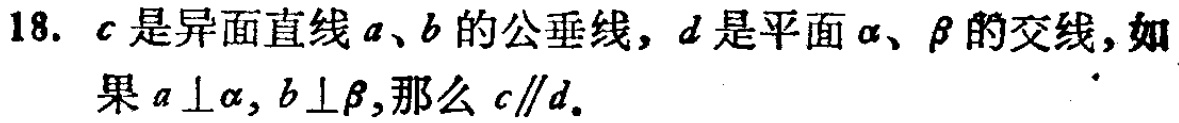
18. \(c\)是异面直线\(a\)、\(b\)的公垂线，\(d\)是平面\(\alpha\)、\(\beta\)的交线，如果\(a\perp\alpha\)，\(b\perp\beta\)，那么\(c\parallel d\)。